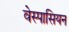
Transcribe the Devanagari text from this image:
वेस्पासियन